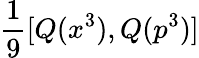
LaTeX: {\frac{1}{9}}[Q(x^{3}),Q(p^{3})]